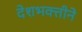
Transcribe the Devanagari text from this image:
देशभक्तीने